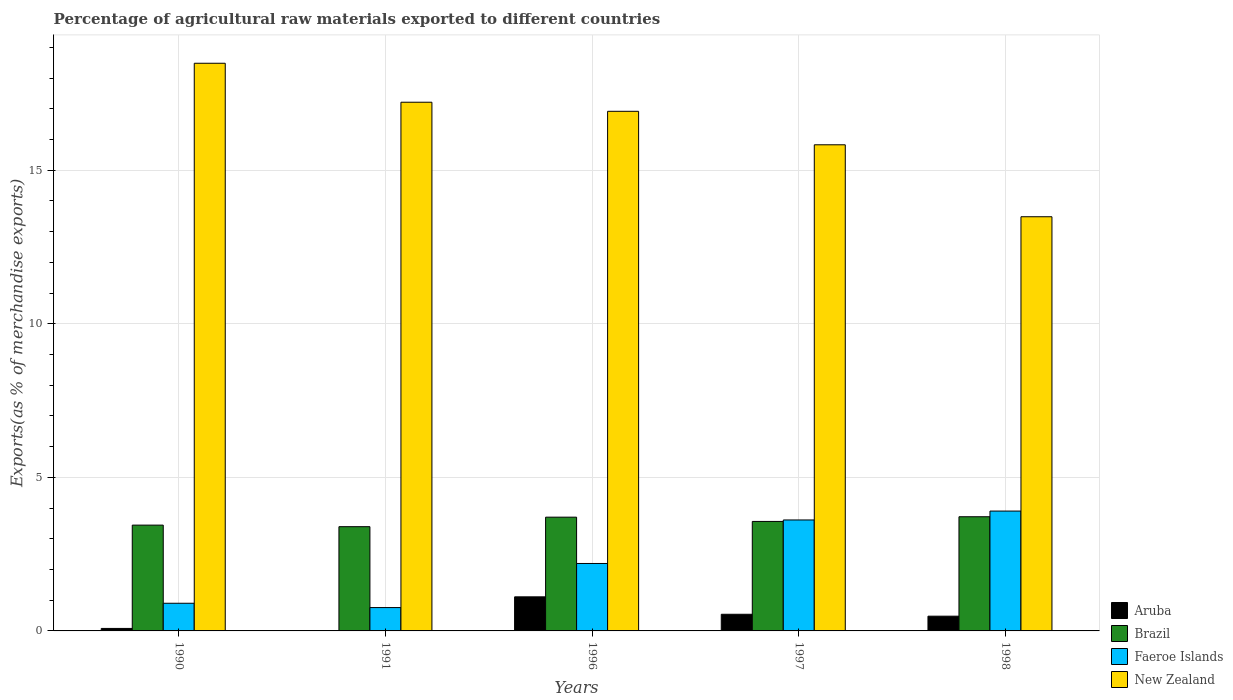
| Years | Aruba | Brazil | Faeroe Islands | New Zealand |
 | --- | --- | --- | --- | --- |
 | 1990 | 0.081 | 3.44 | 0.9 | 18.5 |
 | 1991 | 0.00429 | 3.39 | 0.76 | 17.2 |
 | 1996 | 1.11 | 3.7 | 2.2 | 16.9 |
 | 1997 | 0.542 | 3.56 | 3.61 | 15.8 |
 | 1998 | 0.48 | 3.72 | 3.9 | 13.5 |